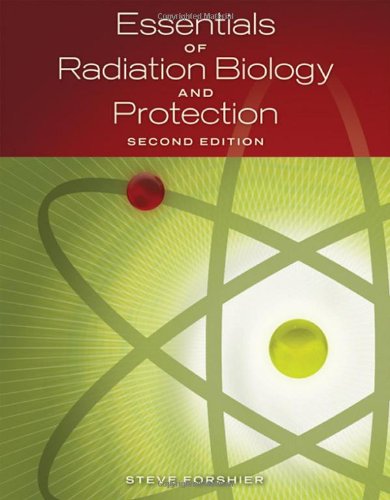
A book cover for Essentials of Radiation, Biology and Protection; Steve Forshier; Medical Books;